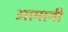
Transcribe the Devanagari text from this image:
आमागी